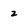
Character: z